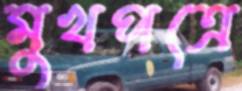
মুখপত্রে